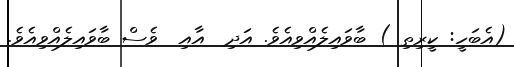
(އެބަހީ: ކީރިތި ) ބާވައިލެއްވިއެވެ. އަދި  އާއި  ވެސް ބާވައިލެއްވިއެވެ.